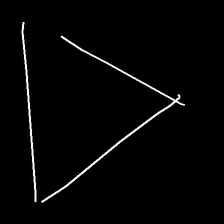
Glyph: convergence